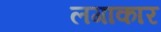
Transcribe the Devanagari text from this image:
लगाकार